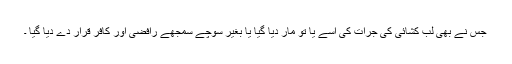
جس نے بھی لب کشائی کی جرات کی اسے یا تو مار دیا گیا یا بغیر سوچے سمجھے رافضی اور کافر قرار دے دیا گیا ۔